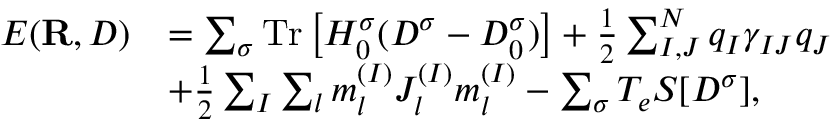
\begin{array} { r l } { E ( { \bf R } , D ) } & { = \sum _ { \sigma } \mathrm { T r } \left[ H _ { 0 } ^ { \sigma } ( D ^ { \sigma } - D _ { 0 } ^ { \sigma } ) \right] + \frac { 1 } { 2 } \sum _ { I , J } ^ { N } q _ { I } \gamma _ { I J } q _ { J } } \\ & { + \frac { 1 } { 2 } \sum _ { I } \sum _ { l } m _ { l } ^ { ( I ) } J _ { l } ^ { ( I ) } m _ { l } ^ { ( I ) } - \sum _ { \sigma } T _ { e } { \cal S } [ D ^ { \sigma } ] , } \end{array}